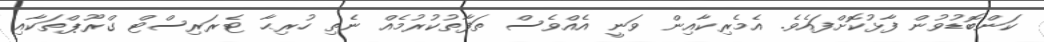
ކަންބޮޑުވުން ފާޅުކޮށްފައެވެ. އެމެރިކާއިން ވަނީ އެއްވެސް ތަފާތުކުރުމެއް ނެތި ހުރިޙާ ޓެރަރިސްޓް ގްރޫޕްތަކާއި